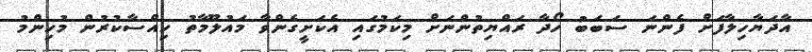
އާދަޔާހިލާފަށް ފެންނަ ސަބަބު ހޯދާ ރައްޔިތުންނަށް މިކަމުގައި އެކަށީގެންވާ މައުލޫމާތު ހިއްސާކުރުން މުހިންމު